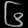
Digit: ၆